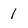
Character: 1